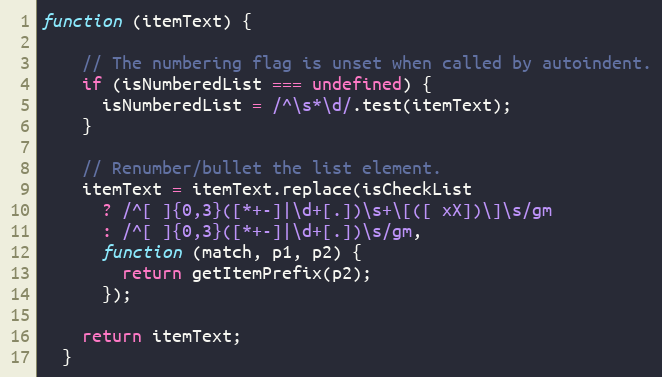
Language: JavaScript
function (itemText) {

    // The numbering flag is unset when called by autoindent.
    if (isNumberedList === undefined) {
      isNumberedList = /^\s*\d/.test(itemText);
    }

    // Renumber/bullet the list element.
    itemText = itemText.replace(isCheckList
      ? /^[ ]{0,3}([*+-]|\d+[.])\s+\[([ xX])\]\s/gm
      : /^[ ]{0,3}([*+-]|\d+[.])\s/gm,
      function (match, p1, p2) {
        return getItemPrefix(p2);
      });

    return itemText;
  }